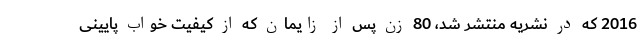
2016 که در نشریه منتشر شد، 80 زن پس از زایمان که از کیفیت خواب پایینی